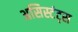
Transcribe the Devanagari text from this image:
असिस्टंट्स